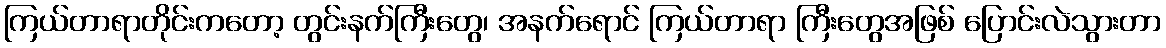
ကြယ်တာရာတိုင်းကတော့ တွင်းနက်ကြီးတွေ၊ အနက်ရောင် ကြယ်တာရာ ကြီးတွေအဖြစ် ပြောင်းလဲသွားတာ